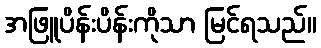
အဖြူပိန်းပိန်းကိုသာ မြင်ရသည်။